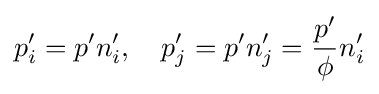
p_{i}'=p'n_{i}',\quad p_{j}'=p'n_{j}'={\frac {p'}{\phi }}n_{i}'